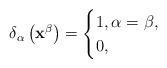
LaTeX: \begin{align*}\delta_{\alpha}\left(\mathbf{x}^{\beta}\right)=\begin{cases} 1,\alpha=\beta,\\ 0,\end{cases}\end{align*}